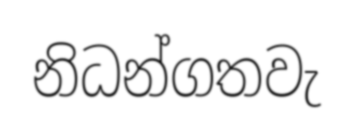
නිධන්ගතවැ